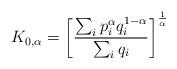
LaTeX: \begin{align*} K_{0,\alpha}=\left[\frac{\sum_{i}p^{\alpha}_{i}q^{1-\alpha}_{i}}{\sum_{i}q_{i}}\right]^{\frac{1}{\alpha}} \end{align*}